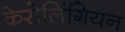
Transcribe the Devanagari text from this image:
केरोलिंगियन